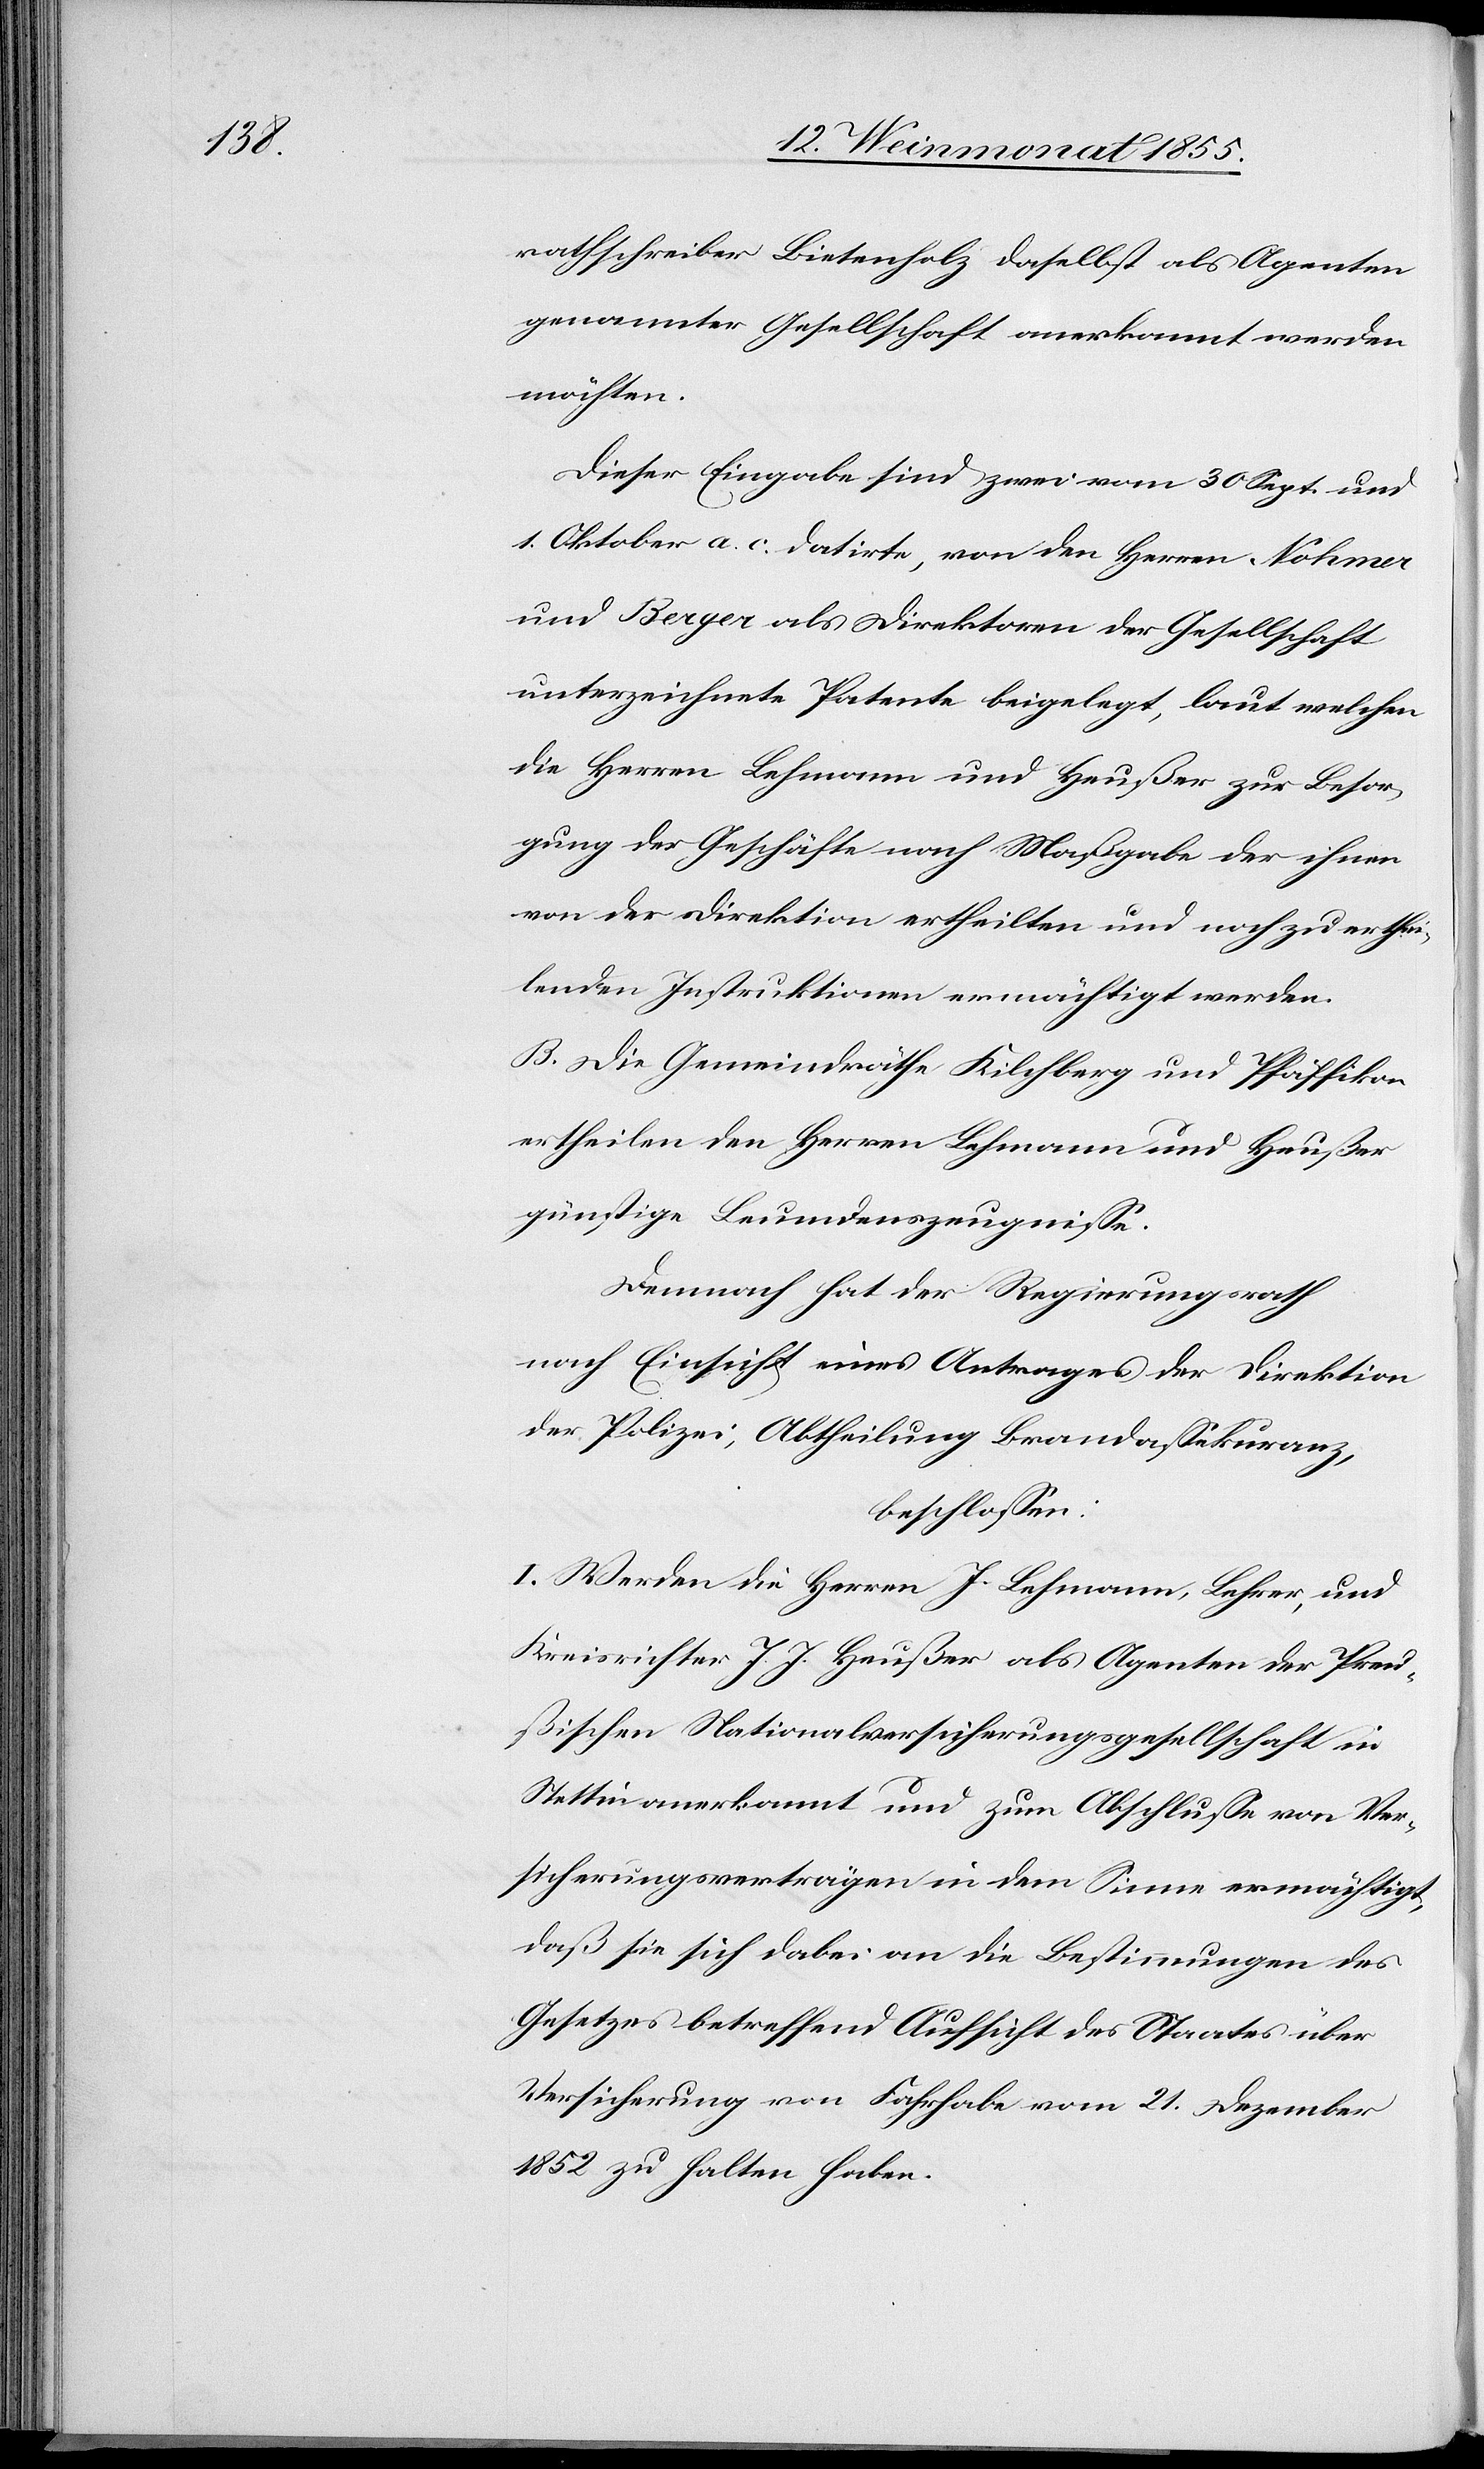
rathschreiber Bietenholz daselbst als Agenten
genannter Gesellschaft anerkannt werden
möchten.
Dieser Eingabe sind zwei vom 30 Sept. und
1. Oktober a. c. datirte, von den Herren Nohmer
und Berger als Direktoren der Gesellschaft
unterzeichnete Patente beigelegt, laut welchen
die Herren Lehmann und Heußer zur Besor¬
gung der Geschäfte nach Maßgabe der ihnen
von der Direktion ertheilten und noch zu erthei¬
lenden Instruktionen ermächtigt werden.
B. Die Gemeindräthe Kilchberg und Pfäffikon
ertheilen den Herren Lehmann und Heußer
günstige Leumdenszeugnisse.
Demnach hat der Regierungsrath
nach Einsicht eines Antrages der Direktion
der Polizei, Abtheilung Brandassekuranz,
beschlossen:
I. Werden die Herren J. Lehmann, Lehrer, und
Kreisrichter J. J. Heußer als Agenten der Preu¬
ßischen Nationalversicherungsgesellschaft in
Stettin anerkannt und zum Abschlusse von Ver¬
sicherungsverträgen in dem Sinne ermächtigt,
daß sie sich dabei an die Bestimmungen des
Gesetzes betreffend Aufsicht des Staates über
Versicherung von Fahrhabe vom 21. Dezember
1852 zu halten haben.